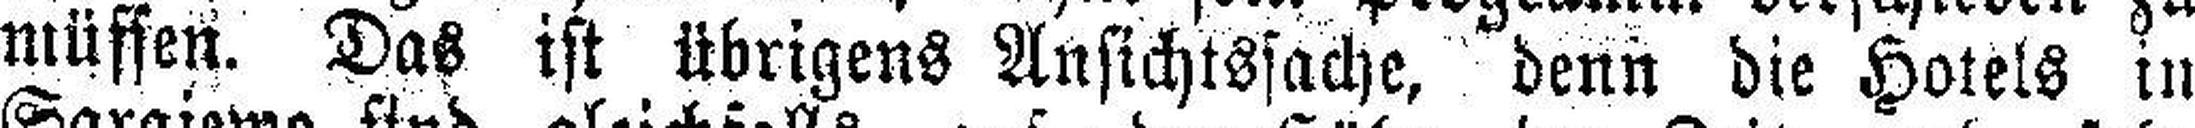
müssen. Das ist übrigens Ansichtssache, denn die Hotels in